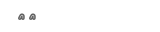
٢٠